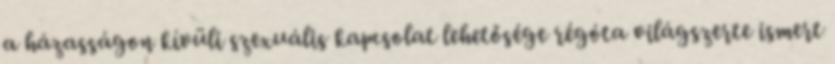
a házasságon kívüli szexuális kapcsolat lehetősége régóta világszerte ismert